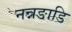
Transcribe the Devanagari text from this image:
नन्नङाडि